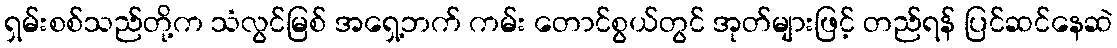
ရှမ်းစစ်သည်တို့က သံလွင်မြစ် အရှေ့ဘက် ကမ်း တောင်စွယ်တွင် အုတ်များဖြင့် တည်ရန် ပြင်ဆင်နေဆဲ